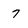
Character: 7